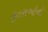
કૂતરાઓનો